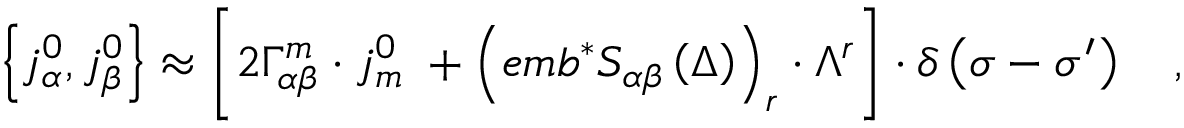
\left\{ j _ { \alpha } ^ { 0 } , j _ { \beta } ^ { 0 } \right\} \approx \left[ 2 \Gamma _ { \alpha \beta } ^ { m } \cdot j _ { m } ^ { 0 } \; + \left( e m b ^ { * } S _ { \alpha \beta } \left( \Delta \right) \right) _ { r } \cdot \Lambda ^ { r } \right] \cdot \delta \left( \sigma - \sigma ^ { \prime } \right) \quad ,